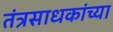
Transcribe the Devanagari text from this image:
तंत्रसाधकांच्या